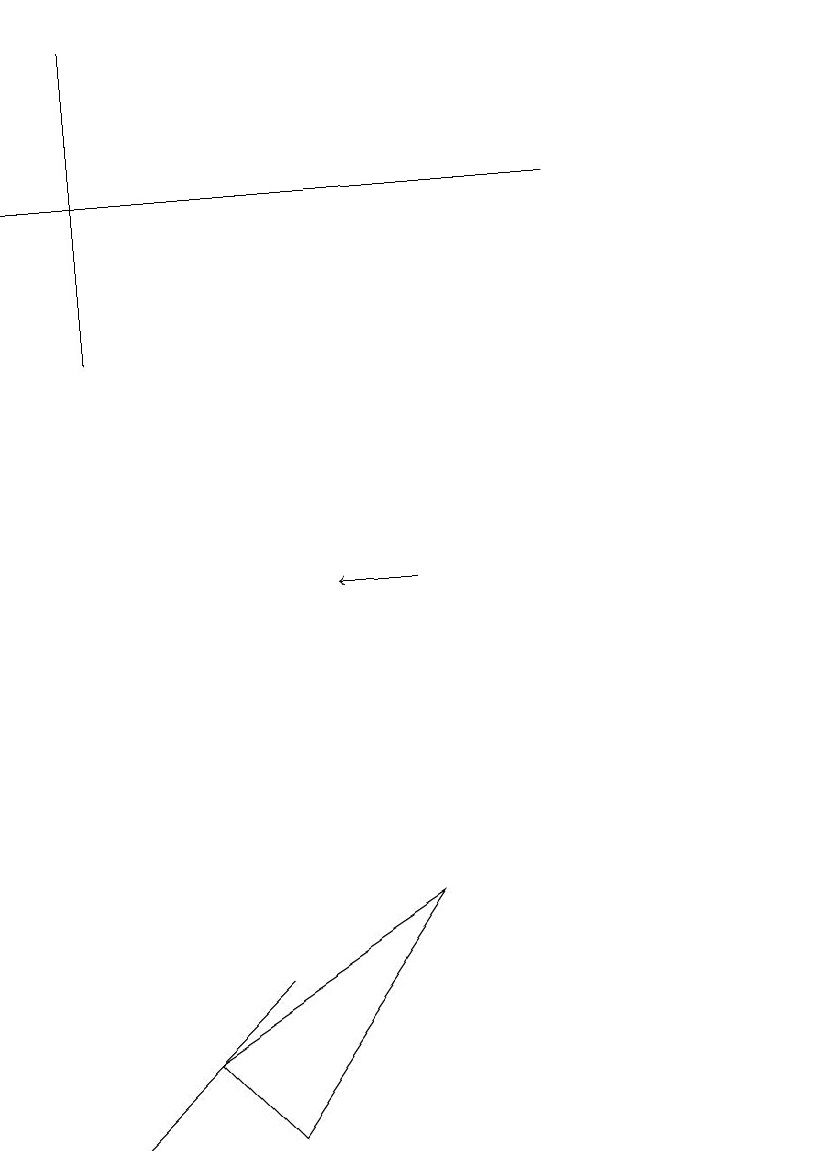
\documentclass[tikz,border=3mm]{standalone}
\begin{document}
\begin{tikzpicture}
\draw (11,10) circle (0);
\draw (8,16) rectangle (1,16);
\draw (4,4) -- (6,7) -- (3,5) -- cycle;
\draw (2,18) rectangle (2,14);
\draw (11,11) circle (0);
\draw[->] (6,11) -- (5,11);
\draw (4,6) -- (2,4) -- (3,5) -- cycle;
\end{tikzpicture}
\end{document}